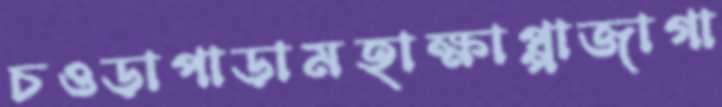
চওড়াপাড়ামহাক্ষাপ্পাজাগা